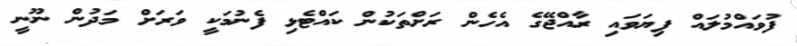
ފުވައްމުލައް ފިޔަވައި ރާއްޖޭގެ އެހެން ރަށްތަކުން ކައްޓެޅި ފެނުމަކީ ވަރަށް މަދުން ނޫނީ